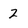
Character: 2